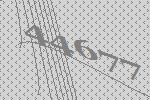
44677